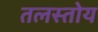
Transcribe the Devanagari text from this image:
तलस्तोय